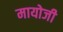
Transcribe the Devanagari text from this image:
मायोजी